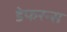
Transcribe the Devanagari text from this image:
डेफरन्स